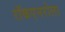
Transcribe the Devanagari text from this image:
रॉकएनरोला